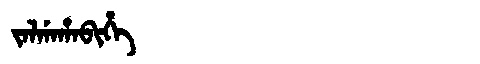
Manchu: ᠵᠠᠯᡤᠠᡥᠠᠪᡳᡥᡝ
Romanization: JALGAHABIHE